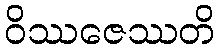
ဝိဿဇေဿတိ